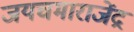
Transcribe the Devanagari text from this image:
जयचमाराजेंद्र